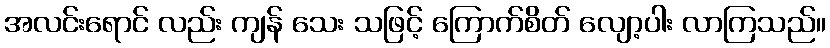
အလင်းရောင် လည်း ကျန် သေး သဖြင့် ကြောက်စိတ် လျော့ပါး လာကြသည်။